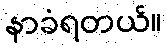
နာခံရတယ်။